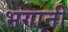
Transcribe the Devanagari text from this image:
भगानी